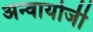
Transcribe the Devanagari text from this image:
अन्वायोजी